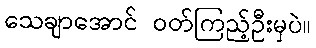
သေချာအောင် ဝတ်ကြည့်ဦးမှပဲ။